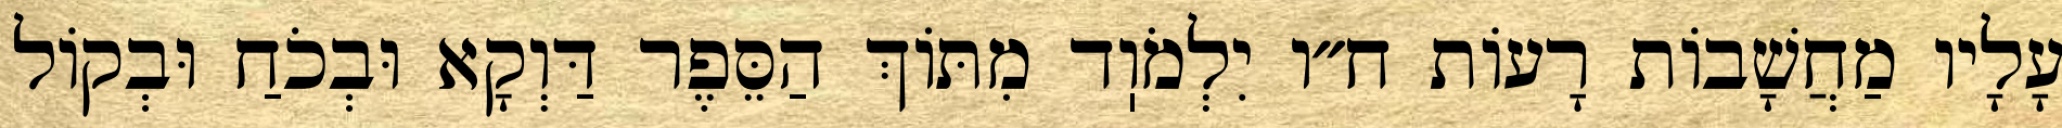
עָלָיו מַחֲשָׁבוֹת רָעוֹת ח״ו יִלְמֹוֽד מִתּוֹךְ הַסֵּפֶר דַּוְקָא וּבְכֹחַ וּבְקוֹל